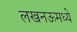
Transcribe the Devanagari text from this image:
लखनऊमध्ये